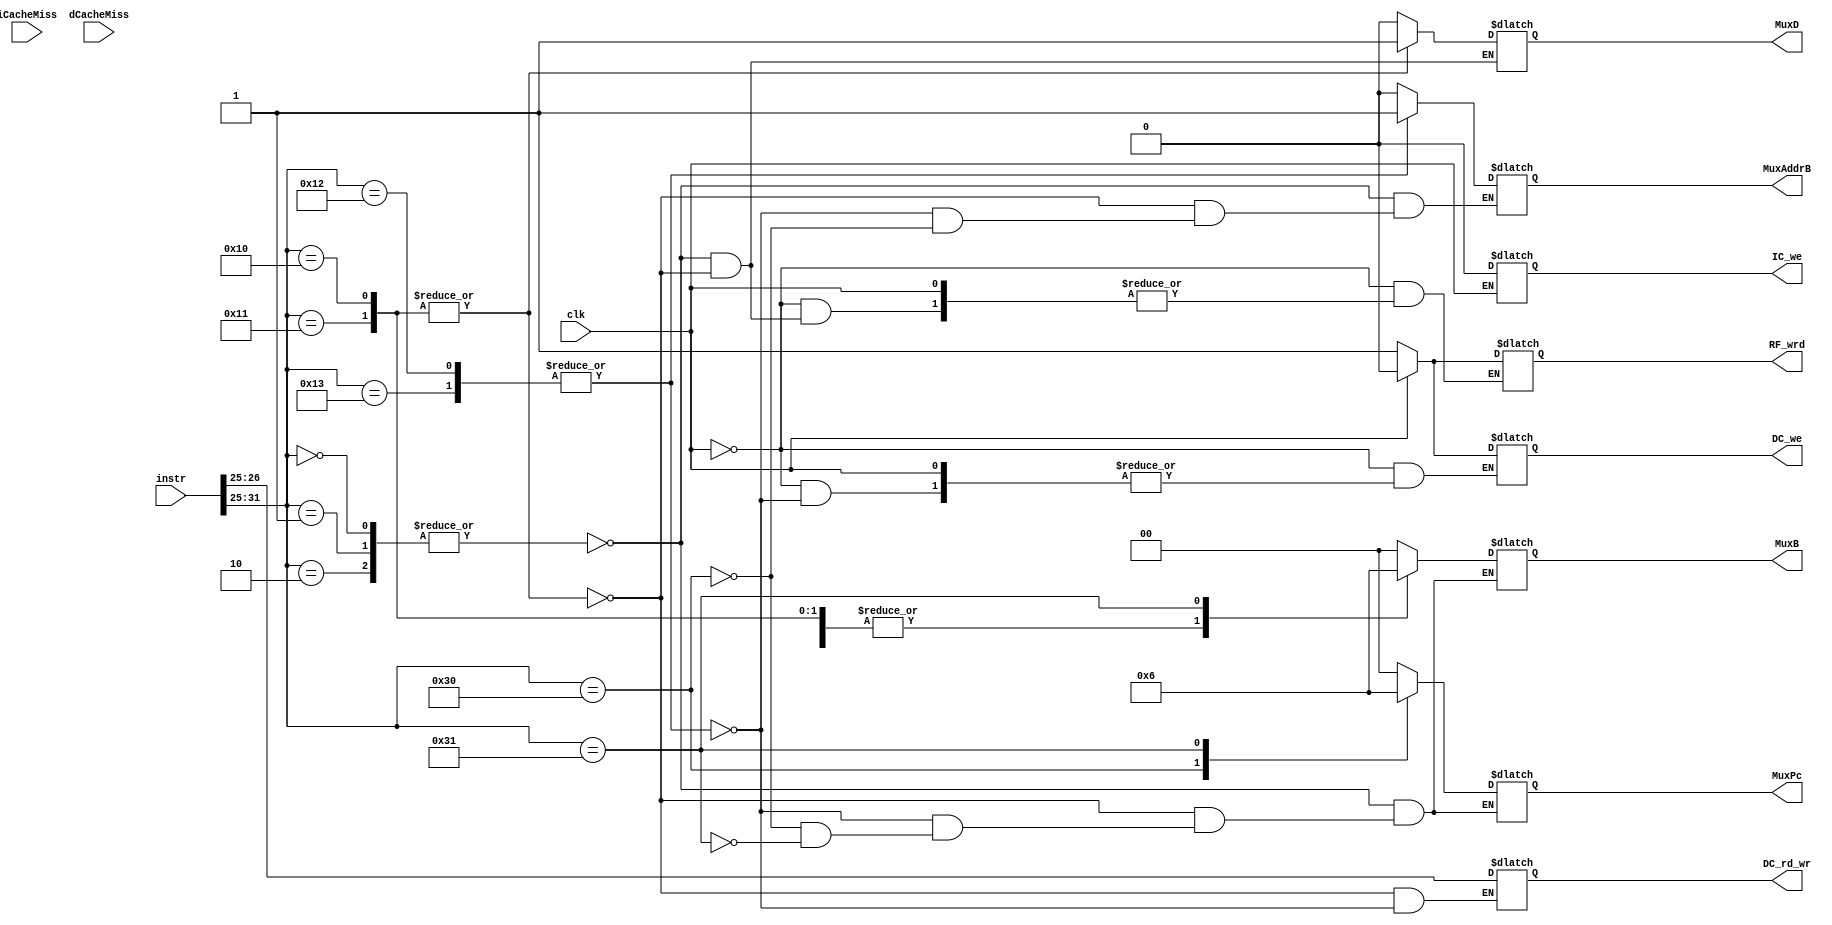
module UC(
	input clk,
	input wire [31:0] instr,
	input wire iCacheMiss,
	input wire dCacheMiss,
	output reg [1:0] MuxB,
	output reg MuxD,
	output reg MuxAddrB,
	output reg RF_wrd,
	output reg [1:0] DC_rd_wr,
	output reg DC_we,
	output reg IC_we,
	output reg [1:0] MuxPc);
	
	/*MuxPc: 
	00 newpc
	01 branch
	10 jump
	11 stall: aturar proc.*/
	/*
	MuxB: 
	00 contingut regb
	01 extendre signe 0..14 en M-typ 
	10 Hi M Lo
	Hi & Lo ja no entranr perque se li sumar al pc
	*/

	always @(instr[31:25]) 
	begin
		case (instr[31:25])
			7'b0000000,7'b0000001,7'b0000010: /* R-TYPE -> ADD, SUB, MUL */
			begin
				MuxPc <= 2'b00;
				MuxB <= 2'b00;
				MuxD <= 0;
				MuxAddrB <= 0;
			end
			//7'b0010100: /* MOV */
			7'b0010000,7'b0010001: /* M-TYPE -> LDB, LDW */
			begin
				MuxPc <= 2'b00;
				MuxB <= 2'b01;
				MuxD <= 1;
				MuxAddrB <= 0;
				DC_rd_wr <= instr[26:25];
			end
			7'b0010010,7'b0010011: /* M-TYPE -> STB, STW */
			begin
				MuxPc <= 2'b00;
				MuxB <= 2'b01;
				MuxAddrB <= 1;
				DC_rd_wr <= instr[26:25];
			end
			7'b0110000: /* B-TYPE -> BEQ */
			begin
				MuxPc <= 2'b01;
				MuxB <= 2'b00;
				MuxAddrB <= 0;
			end 	
			7'b0110001: /* B-TYPE -> JMP */
			begin
				MuxPc <= 2'b10;
				MuxB <= 2'b10;
			end
		endcase
	end
	
	always @(clk)
	begin
		if (clk == 1)
		begin	
			RF_wrd <= 0;
			DC_we <= 0;
			IC_we <= 0;
		end
		else if (clk == 0)
		begin	
			case (instr[31:25])
				7'b0000000,7'b0000001,7'b0000010: /* R-TYPE -> ADD, SUB, MUL */
				begin
					RF_wrd <= 1;
				end
				7'b0010000,7'b0010001: /* M-TYPE -> LDB, LDW */
				begin
					RF_wrd <= 1;
				end
				7'b0010010,7'b0010011: /* M-TYPE -> STB, STW */
				begin
					DC_we <= 1;
				end
			endcase
		end
	end
endmodule